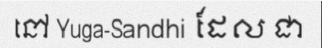
នៅ Yuga-Sandhi ដែល ជា